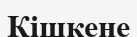
Кішкене